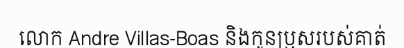
លោក Andre Villas-Boas និងកូនប្រុសរបស់គាត់